Source: Handwritten
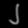
Digit: ၂ (2)